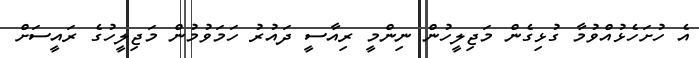
އެ ހުށަހެޅުއްވުމާ ގުޅިގެން މަޖިލީހުން ނިންމީ ރިއާސީ ދައުރު ހަމަވުމުން މަޖިލީހުގެ ރައީސަށް